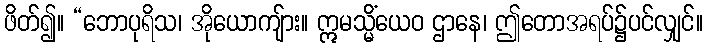
ဖိတ်၍။ “ဘောပုရိသ၊ အိုယောကျ်ား။ ဣမသ္မိံယေဝ ဌာနေ၊ ဤတောအရပ်၌ပင်လျှင်။